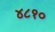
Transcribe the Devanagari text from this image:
४८१०